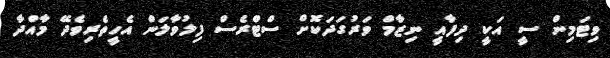
ވިޓަމިން ސީ އަކީ ދިފާއީ ނިޒާމް ވަރުގަދަކޮށް ސްޓްރެސް ފިލުވާލަން އެހީތެރިވެދޭ މާއްދާ